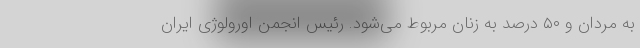
به مردان و ۵۰ درصد به زنان مربوط می‌شود. رئیس انجمن اورولوژی ایران